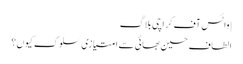
|وائس آف کراچی بلاگ
الطاف حسین بھائی سے امتیازی سلوک کیوں؟